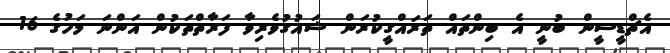
އެޗްޑީސީން ބުނީ އެ ބިންތައް ތަރައްގީކުރަން ޝައުގުވެރިވާ ފަރާތްތަކުން އަންނަ މަހުގެ 16